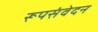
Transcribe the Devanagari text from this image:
रूपसंवेदन